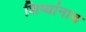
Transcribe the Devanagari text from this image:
शिष्यांनाच